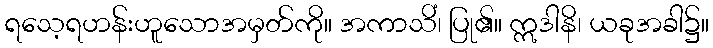
ရသေ့ရဟန်းဟူသောအမှတ်ကို။ အကာသိံ၊ ပြု၏။ ဣဒါနိ၊ ယခုအခါ၌။